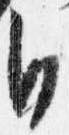
自